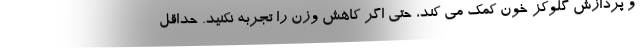
و پردازش گلوکز خون کمک می کند، حتی اگر کاهش وزن را تجربه نکنید. حداقل